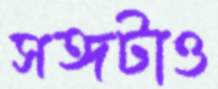
সঙ্গটাও